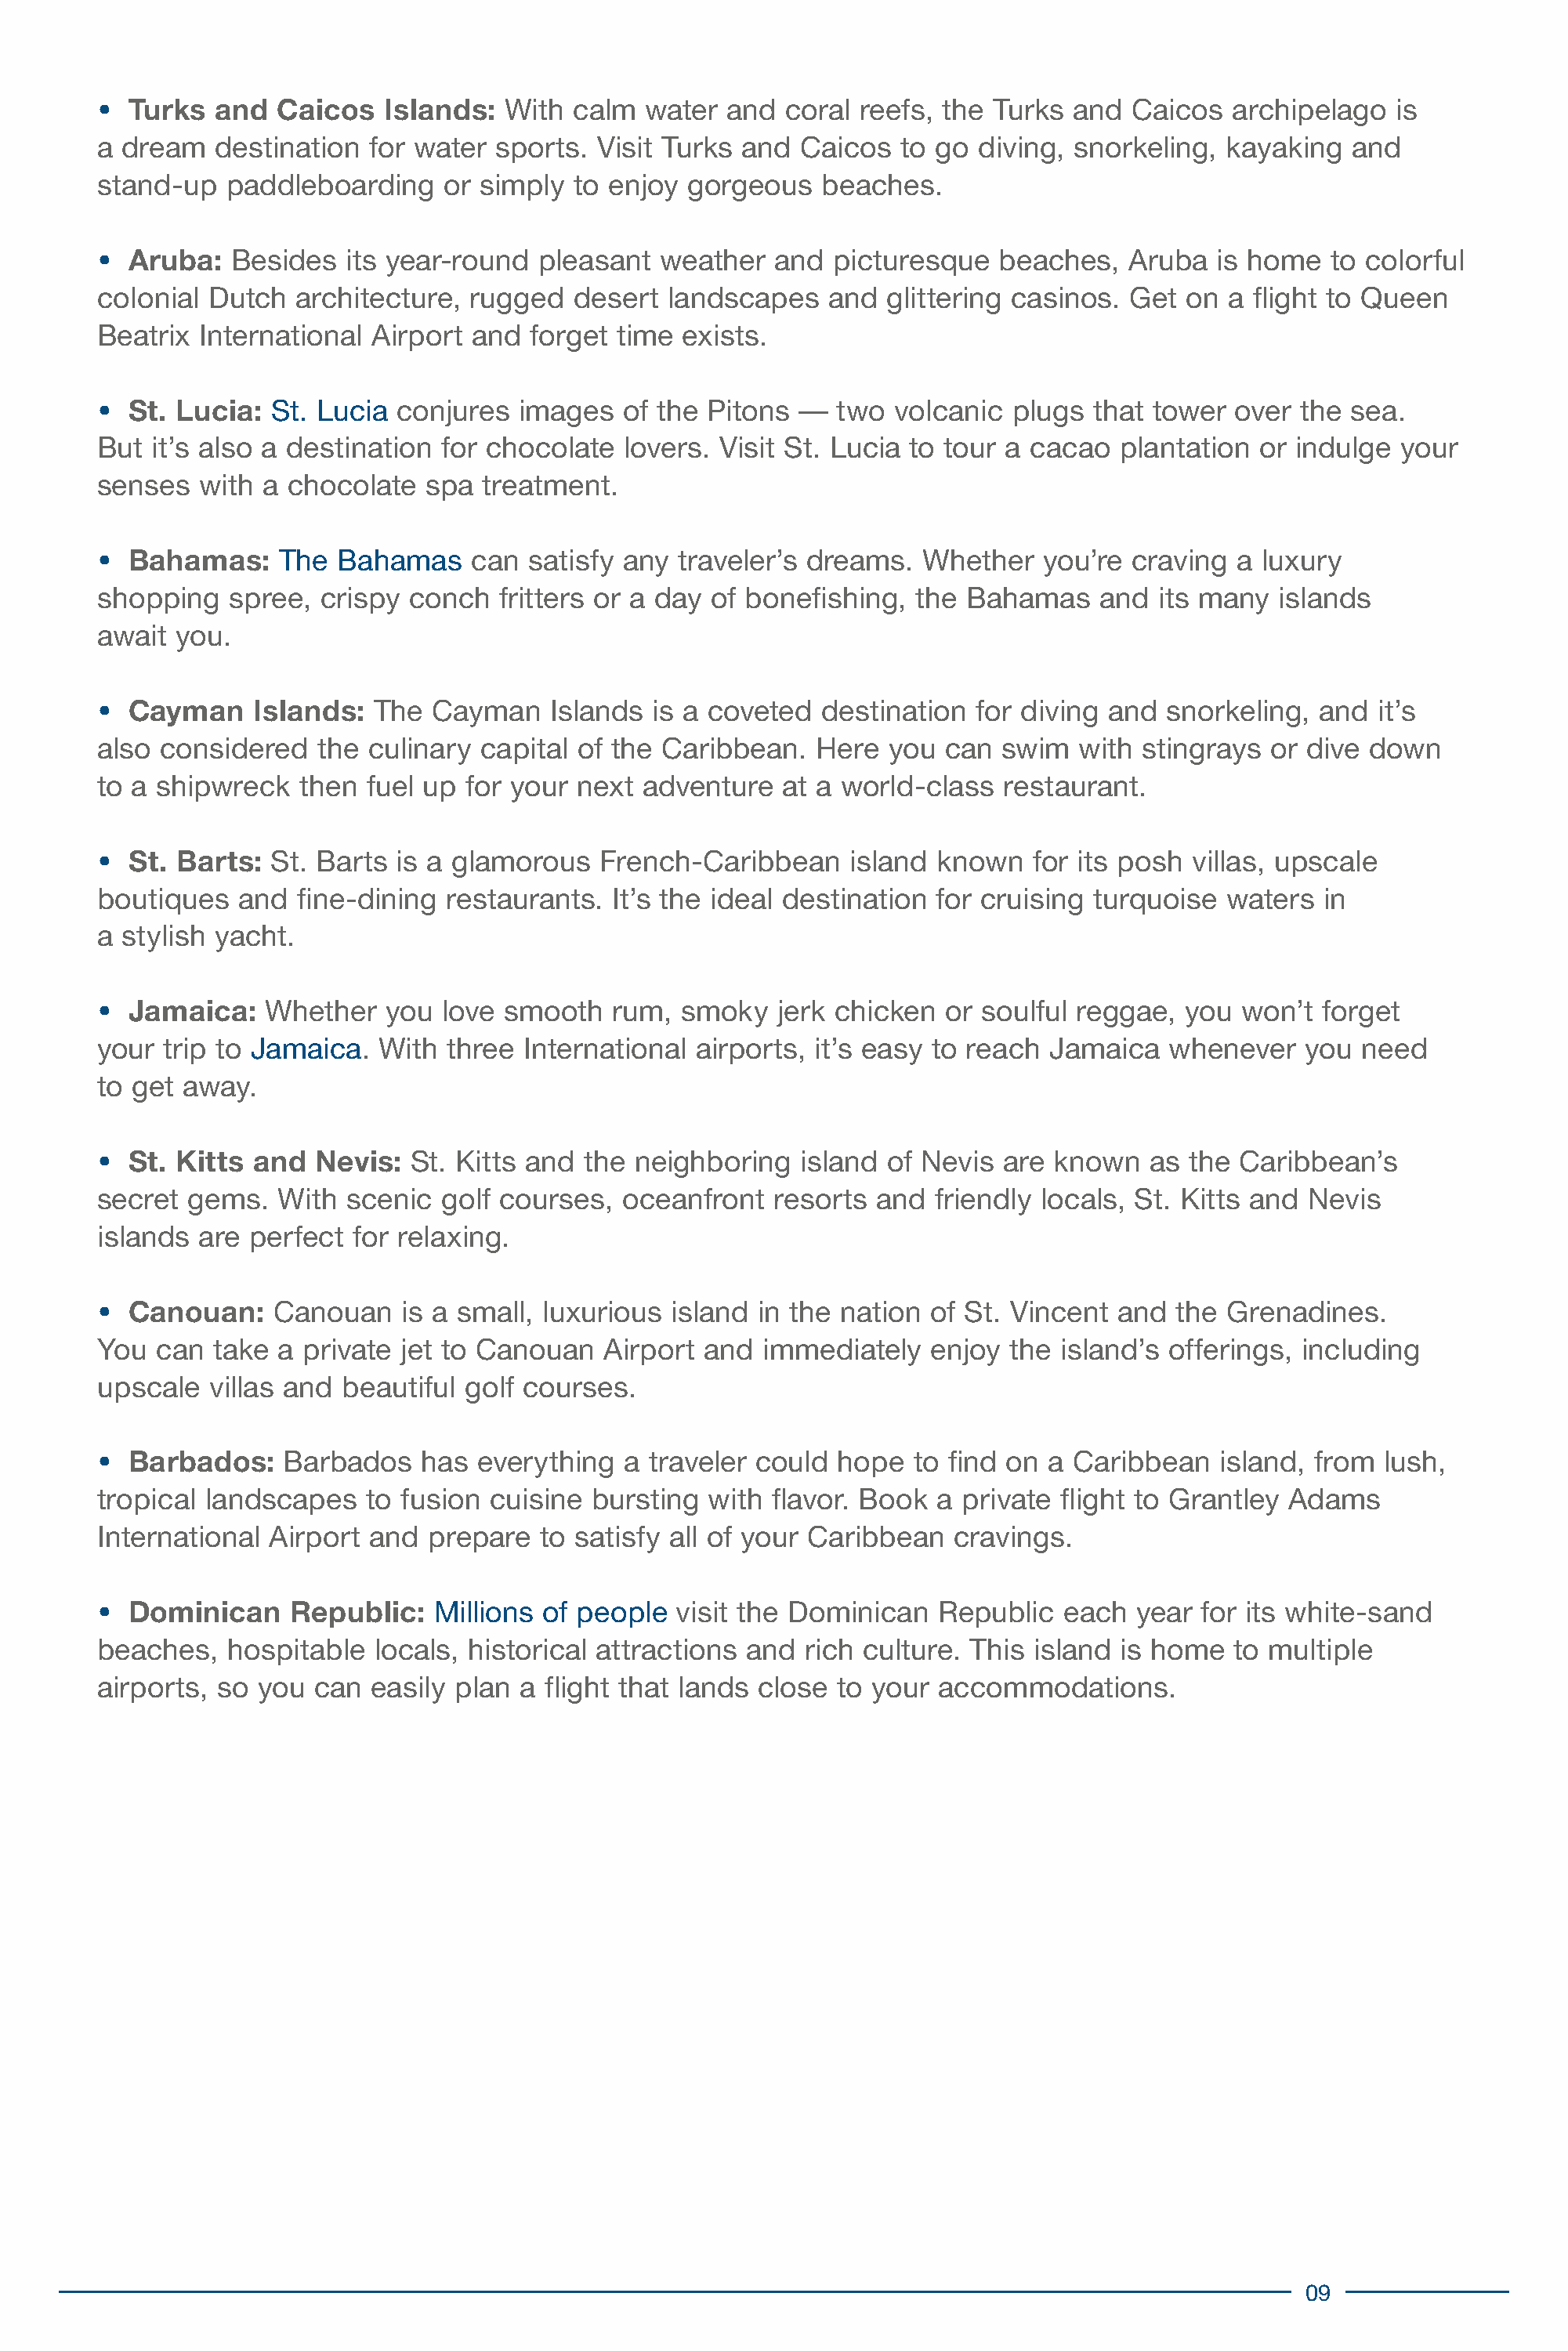
•  Turks  and  Caicos   Islands:   With calm  water  and  coral  reefs, the Turks  and  Caicos  archipelago   is
 a dream   destination  for water  sports. Visit Turks  and  Caicos  to go  diving, snorkeling,  kayaking  and
 stand-up   paddleboarding     or simply to enjoy  gorgeous   beaches.
 •  Aruba:   Besides  its year-round  pleasant   weather  and  picturesque   beaches,   Aruba   is home  to colorful
 colonial  Dutch  architecture,  rugged  desert  landscapes    and  glittering casinos. Get  on  a flight to Queen
 Beatrix  International Airport  and  forget time  exists.
 •  St. Lucia:  St. Lucia conjures   images   of the Pitons —   two  volcanic plugs  that tower  over  the sea.
 But  it’s also a destination for chocolate   lovers. Visit St. Lucia to tour a cacao   plantation or indulge  your
 senses   with a chocolate   spa  treatment.
 •  Bahamas:     The Bahamas     can  satisfy any traveler’s dreams.   Whether   you’re  craving a  luxury
 shopping   spree,  crispy  conch  fritters or a day of bonefishing,  the  Bahamas    and  its many  islands
 await  you.
 •  Cayman    Islands:   The Cayman    Islands  is a coveted  destination  for diving  and  snorkeling, and  it’s
 also  considered   the culinary  capital of the Caribbean.   Here  you  can  swim  with stingrays  or dive  down
 to a shipwreck   then  fuel up for your  next adventure   at a world-class   restaurant.
 •  St. Barts:  St. Barts  is a glamorous   French-Caribbean     island known   for its posh  villas, upscale
 boutiques   and  fine-dining  restaurants.  It’s the ideal destination for cruising turquoise   waters  in
 a stylish yacht.
 •  Jamaica:   Whether    you love  smooth   rum,  smoky   jerk chicken  or soulful reggae,  you  won’t  forget
 your  trip to Jamaica.  With  three International  airports, it’s easy to reach  Jamaica   whenever   you  need
 to get away.
 •  St. Kitts and   Nevis:  St. Kitts and the  neighboring   island of Nevis  are known   as the  Caribbean’s
 secret  gems.   With scenic  golf courses,   oceanfront  resorts  and  friendly locals, St. Kitts and  Nevis
 islands  are perfect  for relaxing.
 •  Canouan:    Canouan    is a small, luxurious  island in the nation  of St. Vincent and  the  Grenadines.
 You  can  take a  private jet to Canouan   Airport and  immediately    enjoy the  island’s offerings, including
 upscale   villas and beautiful golf courses.
 •  Barbados:    Barbados    has everything   a traveler could  hope  to find on  a Caribbean   island, from  lush,
 tropical landscapes    to fusion cuisine  bursting  with flavor. Book  a private  flight to Grantley Adams
 International  Airport and  prepare   to satisfy all of your Caribbean   cravings.
 •  Dominican     Republic:   Millions of people  visit the Dominican   Republic   each  year for its white-sand
 beaches,   hospitable   locals, historical attractions and  rich culture. This island  is home  to multiple
 airports, so  you  can easily plan  a flight that lands close  to your accommodations.
 09